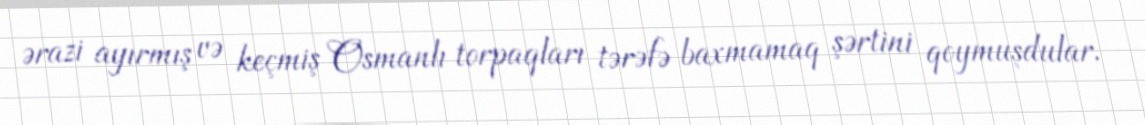
ərazi ayırmış və keçmiş Osmanlı torpaqları tərəfə baxmamaq şərtini qoymuşdular.